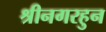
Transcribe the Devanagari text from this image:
श्रीनगरहुन